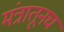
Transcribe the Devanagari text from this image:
मंत्रातूनच